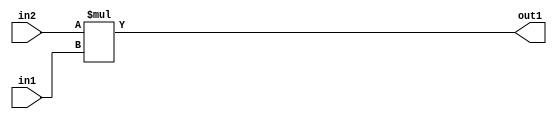
`timescale 1ps / 1ps
/*****************************************************************************
    Verilog RTL Description
    
    
    Created by: Stratus DpOpt 21.05.01 
*******************************************************************************/

module SobelFilter_Mul_32Sx4U_32S_1 (
	in2,
	in1,
	out1
	); /* architecture "behavioural" */ 
input [31:0] in2;
input [3:0] in1;
output [31:0] out1;
wire [31:0] asc001;

assign asc001 = 
	+(in2 * in1);

assign out1 = asc001;
endmodule

/* CADENCE  ubD1TQ8= : u9/ySxbfrwZIxEzHVQQV8Q== ** DO NOT EDIT THIS LINE ******/